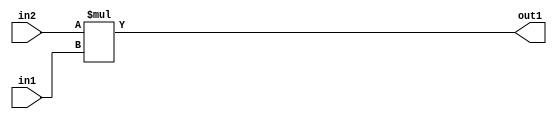
`timescale 1ps / 1ps
/*****************************************************************************
    Verilog RTL Description
    
    
    Created by: Stratus DpOpt 21.05.01 
*******************************************************************************/

module SobelFilter_Mul_32Sx4U_32S_1 (
	in2,
	in1,
	out1
	); /* architecture "behavioural" */ 
input [31:0] in2;
input [3:0] in1;
output [31:0] out1;
wire [31:0] asc001;

assign asc001 = 
	+(in2 * in1);

assign out1 = asc001;
endmodule

/* CADENCE  ubD1TQ8= : u9/ySxbfrwZIxEzHVQQV8Q== ** DO NOT EDIT THIS LINE ******/